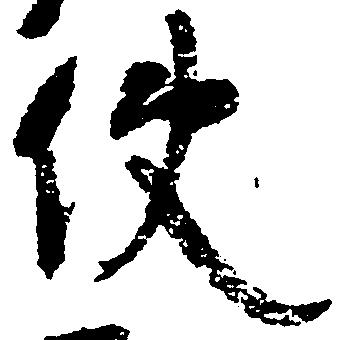
使